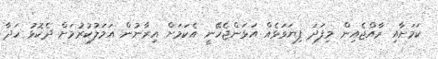
ކަމަށާއި ރާއްޖެއިން މިފަދަ ފިޔަވަޅެއް އަޅަންޖެހޭނީ އެކަމަށް އިރާނުން އަމަލުކުރުމަށް ދެކޮޅު ހަދާ